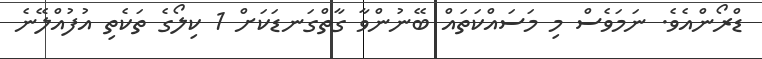
ޑްރޯންއެވެ. ނަމަވެސް މި މަސައްކަތައް ބޭނުންވާ ގާތްގަނޑަކަށް 1 ކިލޯގެ ތަކެތި އުފުއްލޭނެ